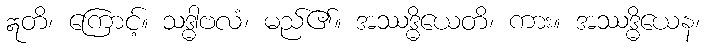
ဣတိ၊ ကြောင့်။ သဒ္ဓါဗလံ၊ မည်၏။ အဿဒ္ဓိယေတိ၊ ကား။ အဿဒ္ဓိယေန၊